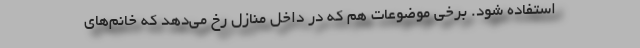
استفاده شود. برخی موضوعات هم که در داخل منازل رخ می‌دهد که خانم‌های